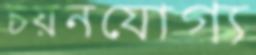
চয়নযোগ্য